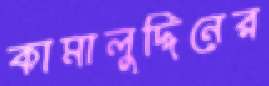
কামালুদ্দিনের